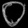
Digit: ၀